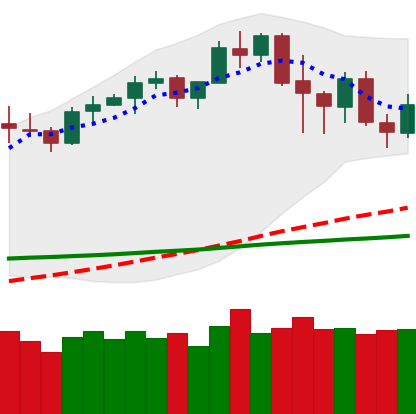
Ticker: LTC-USD
Chart end date: 2020-02-21
Forward return: -16.932%
Label: down_7plus